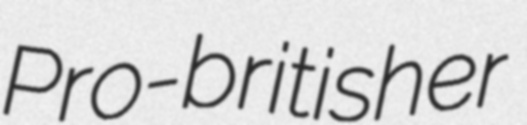
Pro-britisher